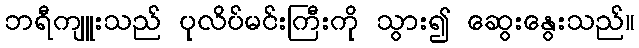
ဘရီကျူးသည် ပုလိပ်မင်းကြီးကို သွား၍ ဆွေးနွေးသည်။